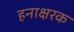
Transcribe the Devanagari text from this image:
हनाक्षरक